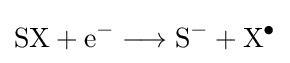
{{\text{SX}}{}+{}{\text{e}}{\vphantom {A}}^{-}{}\mathrel {\longrightarrow } {}{\text{S}}{\vphantom {A}}^{-}{}+{}{\text{X}}{\vphantom {A}}^{\bullet }}